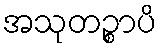
အသုတဉ္စာပိ